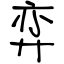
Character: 弈